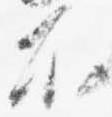
不